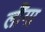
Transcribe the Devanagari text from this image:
लौंगा